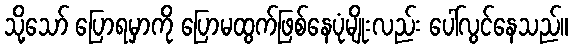
သို့သော် ပြောရမှာကို ပြောမထွက်ဖြစ်နေပုံမျိုးလည်း ပေါ်လွင်နေသည်။